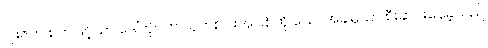
ဂျိုးဇက် စက်ဖြင့်သာ ဒေါ်ကိုင်က သူတစ်ပါးအပြစ်ကို သောအခါမှသာ စီးဆင်းနေခဲ့သည်